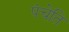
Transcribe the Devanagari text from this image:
पंचेति